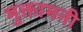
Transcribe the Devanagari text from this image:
मुक्तामनी